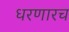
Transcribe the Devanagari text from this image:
धरणारच